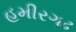
હમીરગઢ